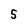
Character: S